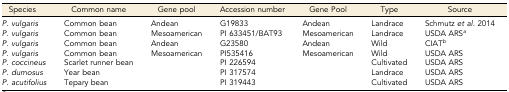
<table><thead><tr><td><b>Species</b></td><td><b>Common name</b></td><td><b>Gene pool</b></td><td><b>Accession number</b></td><td><b>Gene Pool</b></td><td><b>Type</b></td><td><b>Source</b></td></tr></thead><tbody><tr><td><i>P. vulgaris</i></td><td>Common bean</td><td>Andean</td><td>G19833</td><td>Andean</td><td>Landrace</td><td>Schmutz <i>et al.</i> 2014</td></tr><tr><td><i>P. vulgaris</i></td><td>Common bean</td><td>Mesoamerican</td><td>PI 633451/BAT93</td><td>Mesoamerican</td><td>Landrace</td><td>USDA ARS<i><sup>a</sup></i></td></tr><tr><td><i>P. vulgaris</i></td><td>Common bean</td><td>Andean</td><td>G23580</td><td>Andean</td><td>Wild</td><td>CIAT<i><sup>b</sup></i></td></tr><tr><td><i>P. vulgaris</i></td><td>Common bean</td><td>Mesoamerican</td><td>PI535416</td><td>Mesoamerican</td><td>Wild</td><td>USDA ARS</td></tr><tr><td><i>P. coccineus</i></td><td>Scarlet runner bean</td><td></td><td>PI 226594</td><td></td><td>Cultivated</td><td>USDA ARS</td></tr><tr><td><i>P. dumosus</i></td><td>Year bean</td><td></td><td>PI 317574</td><td></td><td>Landrace</td><td>USDA ARS</td></tr><tr><td><i>P. acutifolius</i></td><td>Tepary bean</td><td></td><td>PI 319443</td><td></td><td>Cultivated</td><td>USDA ARS</td></tr></tbody></table>